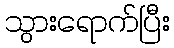
သွားရောက်ပြီး